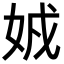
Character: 𡜐